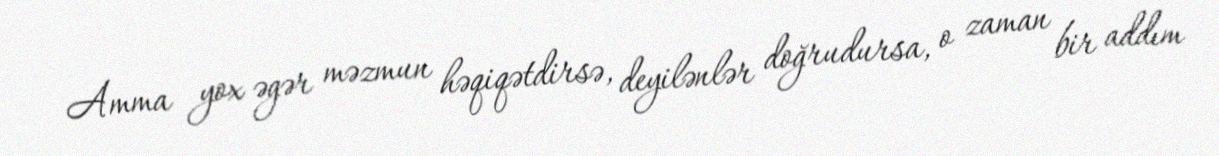
Amma yox əgər məzmun həqiqətdirsə, deyilənlər doğrudursa, o zaman bir addım